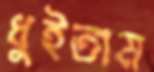
ধুইতাম